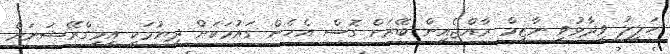
ހަލީލު ވިދާޅުވީ ނާޒިމް ރާއްޖެއިން ބޭރަށް ގޮސް އެހެން ގައުމަކަށް ދިޔުމަކީ އިމިގްރޭޝަނަށް